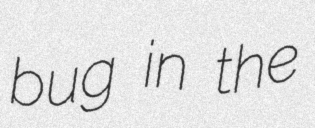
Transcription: bug in the